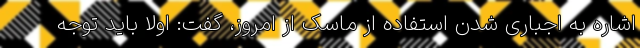
اشاره به اجباری شدن استفاده از ماسک از امروز، گفت: اولا باید توجه